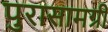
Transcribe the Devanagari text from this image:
पुरासामग्री